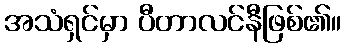
အသံရှင်မှာ ပီတာလင်နီဖြစ်၏။